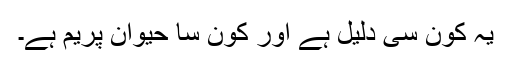
یہ کون سی دلیل ہے اور کون سا حیوان پریم ہے۔